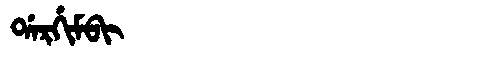
Manchu: ᡩᠠᡵᡤᡳᠮᠪᡳ
Romanization: DARGIMBI